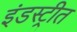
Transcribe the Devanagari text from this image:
इंडस्ट्रीत